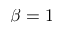
\beta = 1